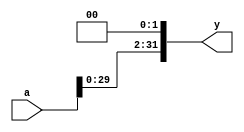
// This program was cloned from: https://github.com/the-pinbo/MIPS-5-Stage-Pipeline-Project
// License: MIT License


module M_SLL2(input[31:0] a, output[31:0] y);
    // shift left by 2
    assign y = {a[29:0], 2'b00};
endmodule